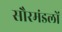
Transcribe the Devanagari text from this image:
सौरमंडलों